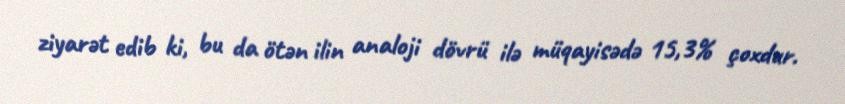
ziyarət edib ki, bu da ötən ilin analoji dövrü ilə müqayisədə 15,3% çoxdur.